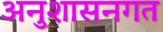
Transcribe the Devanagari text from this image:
अनुशासनगत